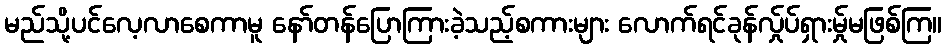
မည်သို့ပင်လေ့လာစေကာမူ နော်တန်ပြောကြားခဲ့သည့်စကားများ လောက်ရင်ခုန်လ်ှုပ်ရှားမ်ှုမဖြစ်ကြ။